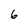
Character: 6